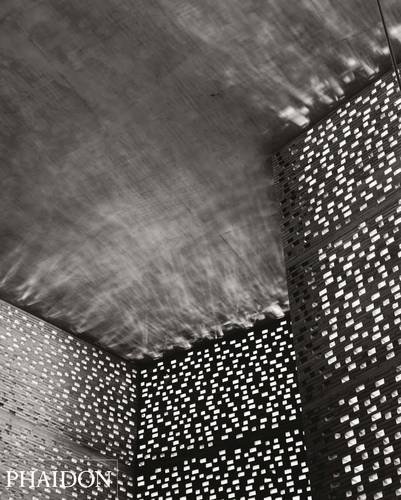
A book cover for Helene Binet: Composing Space: The Photographs of Helene Binet; Helene Binet; Arts & Photography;